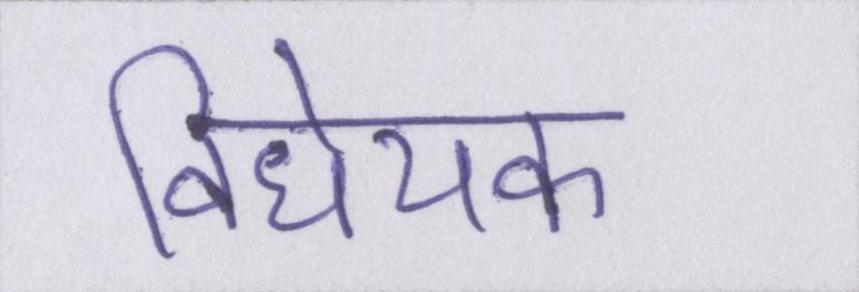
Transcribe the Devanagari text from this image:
विधेयक